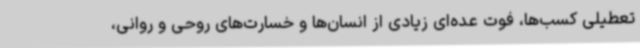
تعطیلی کسب‌ها، فوت عده‌ای زیادی از انسان‌ها و خسارت‌های روحی و روانی،